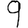
Digit: 9